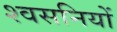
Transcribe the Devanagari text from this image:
श्वसनियों